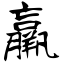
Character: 羸